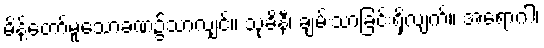
မိန့်တော်မူသောခဏ၌သာလျှင်။ သုခိနီ၊ ချမ်းသာခြင်းရှိလျက်။ အရောဂါ၊